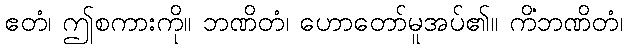
ဧတံ၊ ဤစကားကို။ ဘဏိတံ၊ ဟောတော်မူအပ်၏။ ကိံဘဏိတံ၊